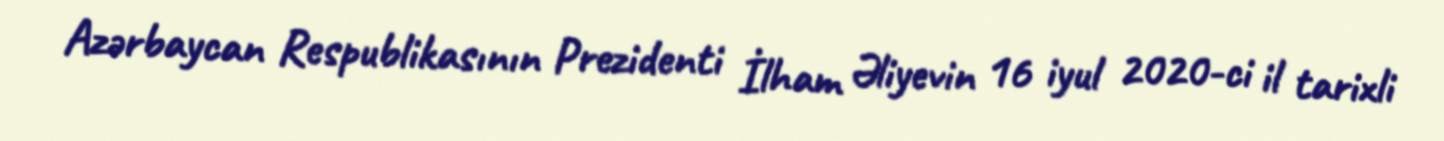
Azərbaycan Respublikasının Prezidenti İlham Əliyevin 16 iyul 2020-ci il tarixli